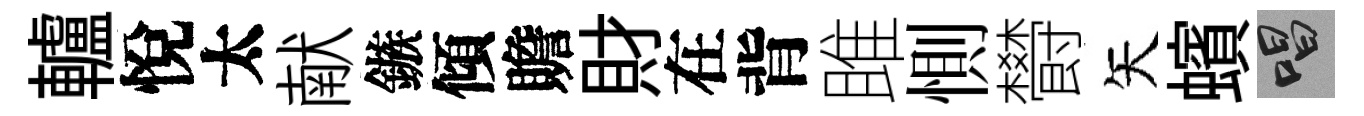
轤悅太献鏃傾贍財在背雎惻欎矢蠙唱